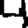
Digit: 4